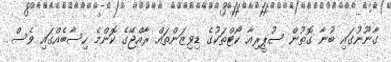
ގާނޫނުގައި ބުނާ ގޮތުން ސުޕީރިއާ ކޯޓްތަކުގެ ޑިވިޒަންތައް ރާއްޖޭގެ ކޮންމެ ހިސާބެއްގައި ވެސް